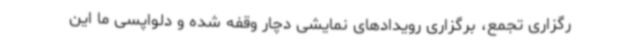
رگزاری تجمع، برگزاری رویدادهای نمایشی دچار وقفه شده و دلواپسی ما این